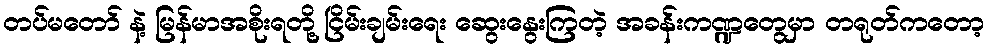
တပ်မတော် နဲ့ မြန်မာအစိုးရတို့ ငြိမ်းချမ်းရေး ဆွေးနွေးကြတဲ့ အခန်းကဏ္ဍတွေမှာ တရုတ်ကတော့